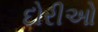
દોરીઓ